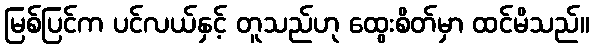
မြစ်ပြင်က ပင်လယ်နှင့် တူသည်ဟု ထွေးစိတ်မှာ ထင်မိသည်။